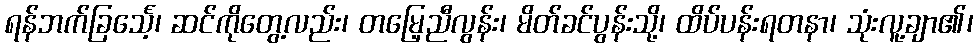
ရန်ဘက်ခြင်္သေ့၊ ဆင်ကိုတွေ့လည်း၊ တမြေ့ညီလွန်း၊ မိတ်ခင်ပွန်းသို့၊ ထိပ်ပန်းရတနာ၊ သုံးလူ့ချာ၏၊